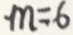
m = 6